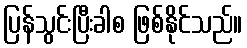
ပြန်သွင်းပြီးခါစ ဖြစ်နိုင်သည်။